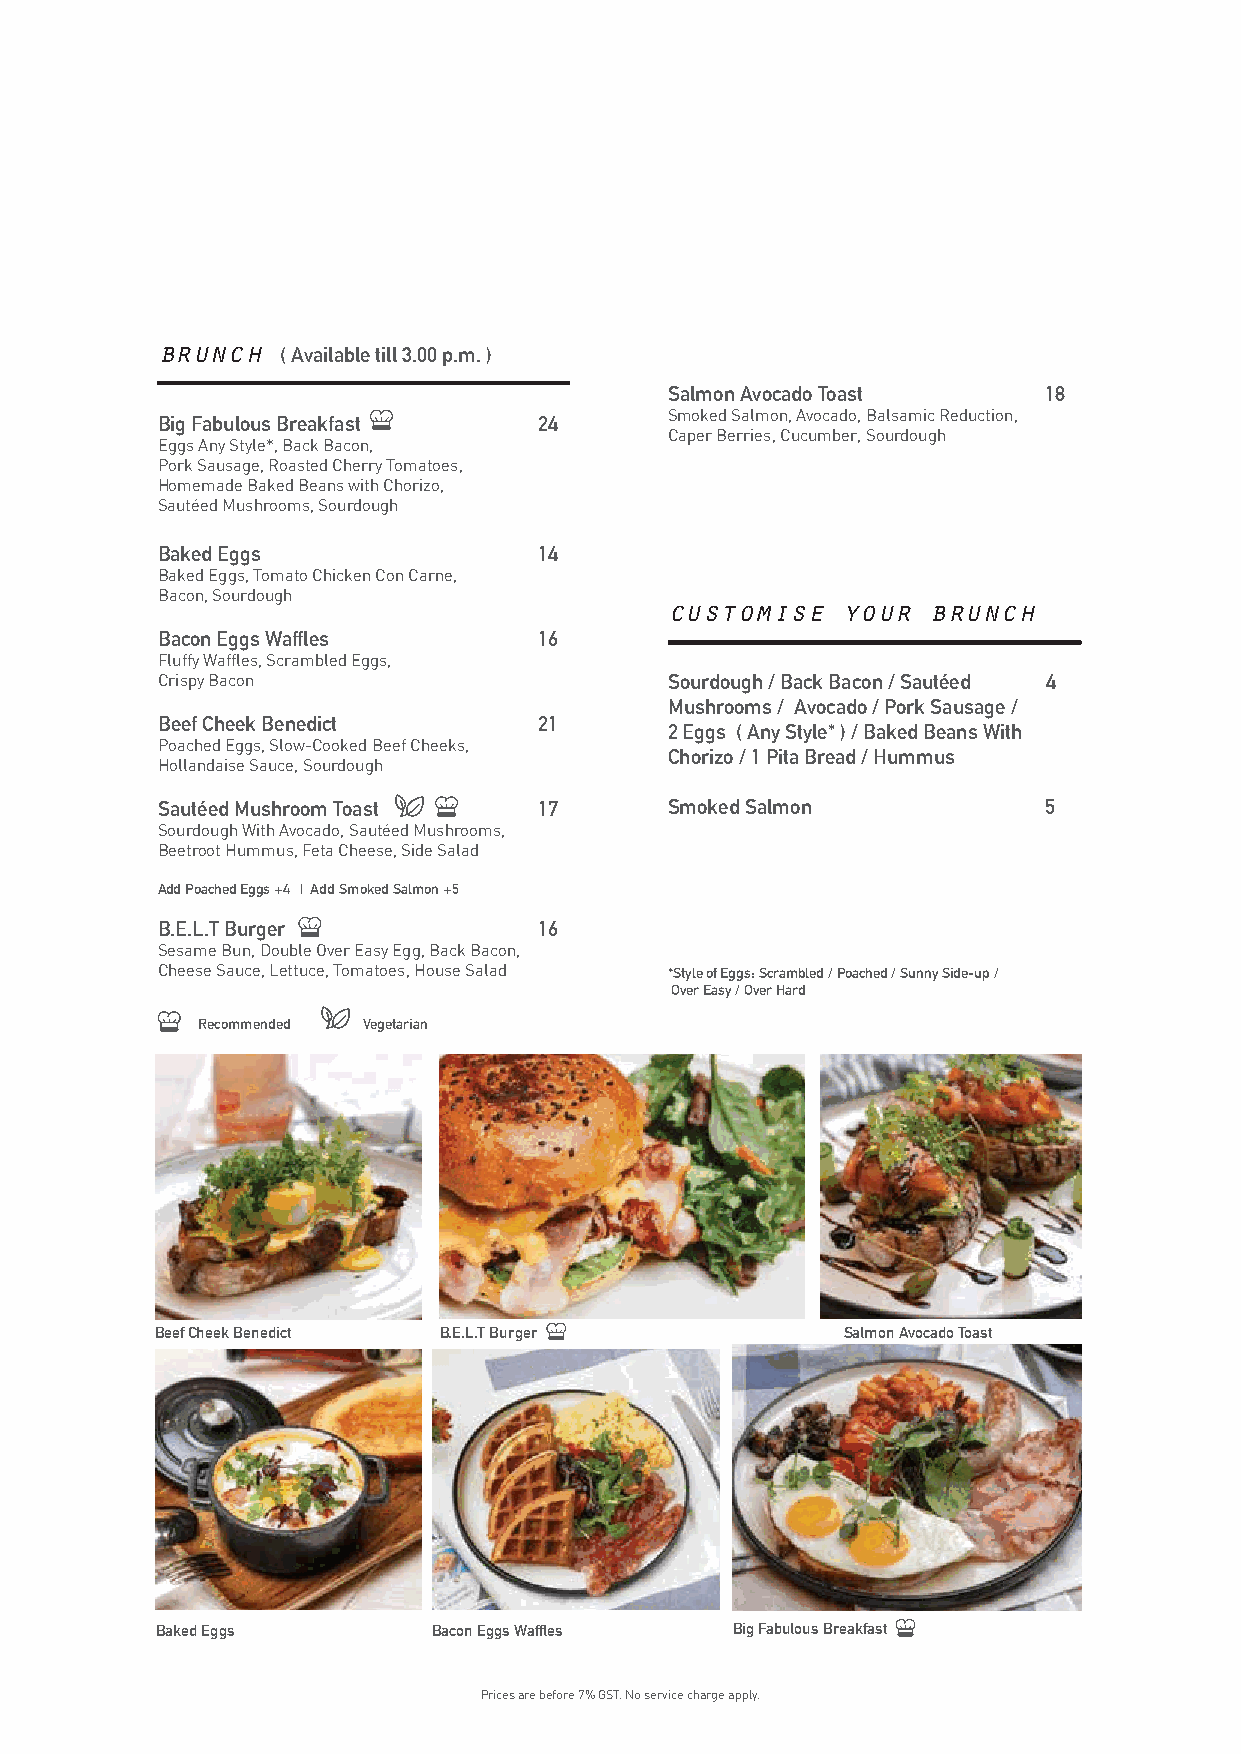
brunch   ( Available till 3.00 p.m. )
 Salmon Avocado Toast     18
 Smoked Salmon, Avocado, Balsamic Reduction,
 Big Fabulous Breakfast    24
 Caper Berries, Cucumber, Sourdough
 Eggs Any Style*, Back Bacon,
 Pork Sausage, Roasted Cherry Tomatoes,
 Homemade Baked Beans with Chorizo,
 Sautéed Mushrooms, Sourdough
 Baked Eggs                14
 Baked Eggs, Tomato Chicken Con Carne,
 Bacon, Sourdough
 customise   your  brunch
 Bacon Eggs Waffles        16
 Fluffy Waffles, Scrambled Eggs,
 Crispy Bacon                      Sourdough / Back Bacon / Sautéed 4
 Mushrooms / Avocado / Pork Sausage /
 Beef Cheek Benedict       21
 2 Eggs ( Any Style* ) / Baked Beans With
 Poached Eggs, Slow-Cooked Beef Cheeks,
 Chorizo / 1 Pita Bread / Hummus
 Hollandaise Sauce, Sourdough
 Sautéed Mushroom Toast    17      Smoked Salmon            5
 Sourdough With Avocado, Sautéed Mushrooms,
 Beetroot Hummus, Feta Cheese, Side Salad
 Add Poached Eggs +4 | Add Smoked Salmon +5
 B.E.L.T Burger            16
 Sesame Bun, Double Over Easy Egg, Back Bacon,
 Cheese Sauce, Lettuce, Tomatoes, House Salad *Style of Eggs: Scrambled / Poached / Sunny Side-up /
 Over Easy / Over Hard
 Recommended Vegetarian
 Beef Cheek Benedict B.E.L.T Burger            Salmon Avocado Toast
 Baked Eggs         Bacon Eggs Waffles Big Fabulous Breakfast
 Prices are before 7% GST. No service charge apply.